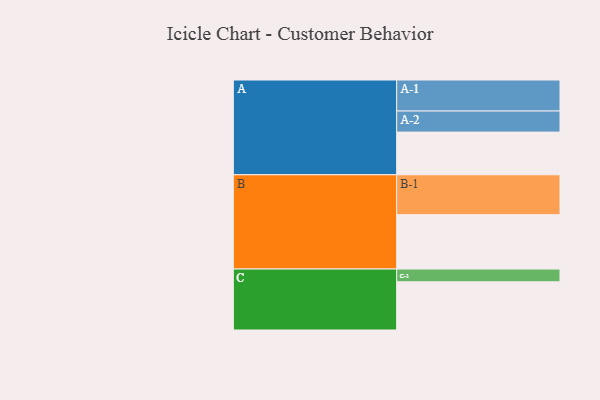
{"axis": {"x": "Segment", "y": "Value"}, "legend": ["", "A", "B", "C"], "data": [{"x": "A", "y": 318, "type": ""}, {"x": "B", "y": 405, "type": ""}, {"x": "C", "y": 359, "type": ""}, {"x": "A-1", "y": 231, "type": "A"}, {"x": "A-2", "y": 157, "type": "A"}, {"x": "B-1", "y": 297, "type": "B"}, {"x": "C-1", "y": 95, "type": "C"}]}